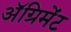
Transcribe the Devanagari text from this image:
अॅग्रिमेंट